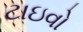
ટાઇવો